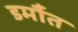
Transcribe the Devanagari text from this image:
डर्मौत